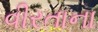
વીરતાના